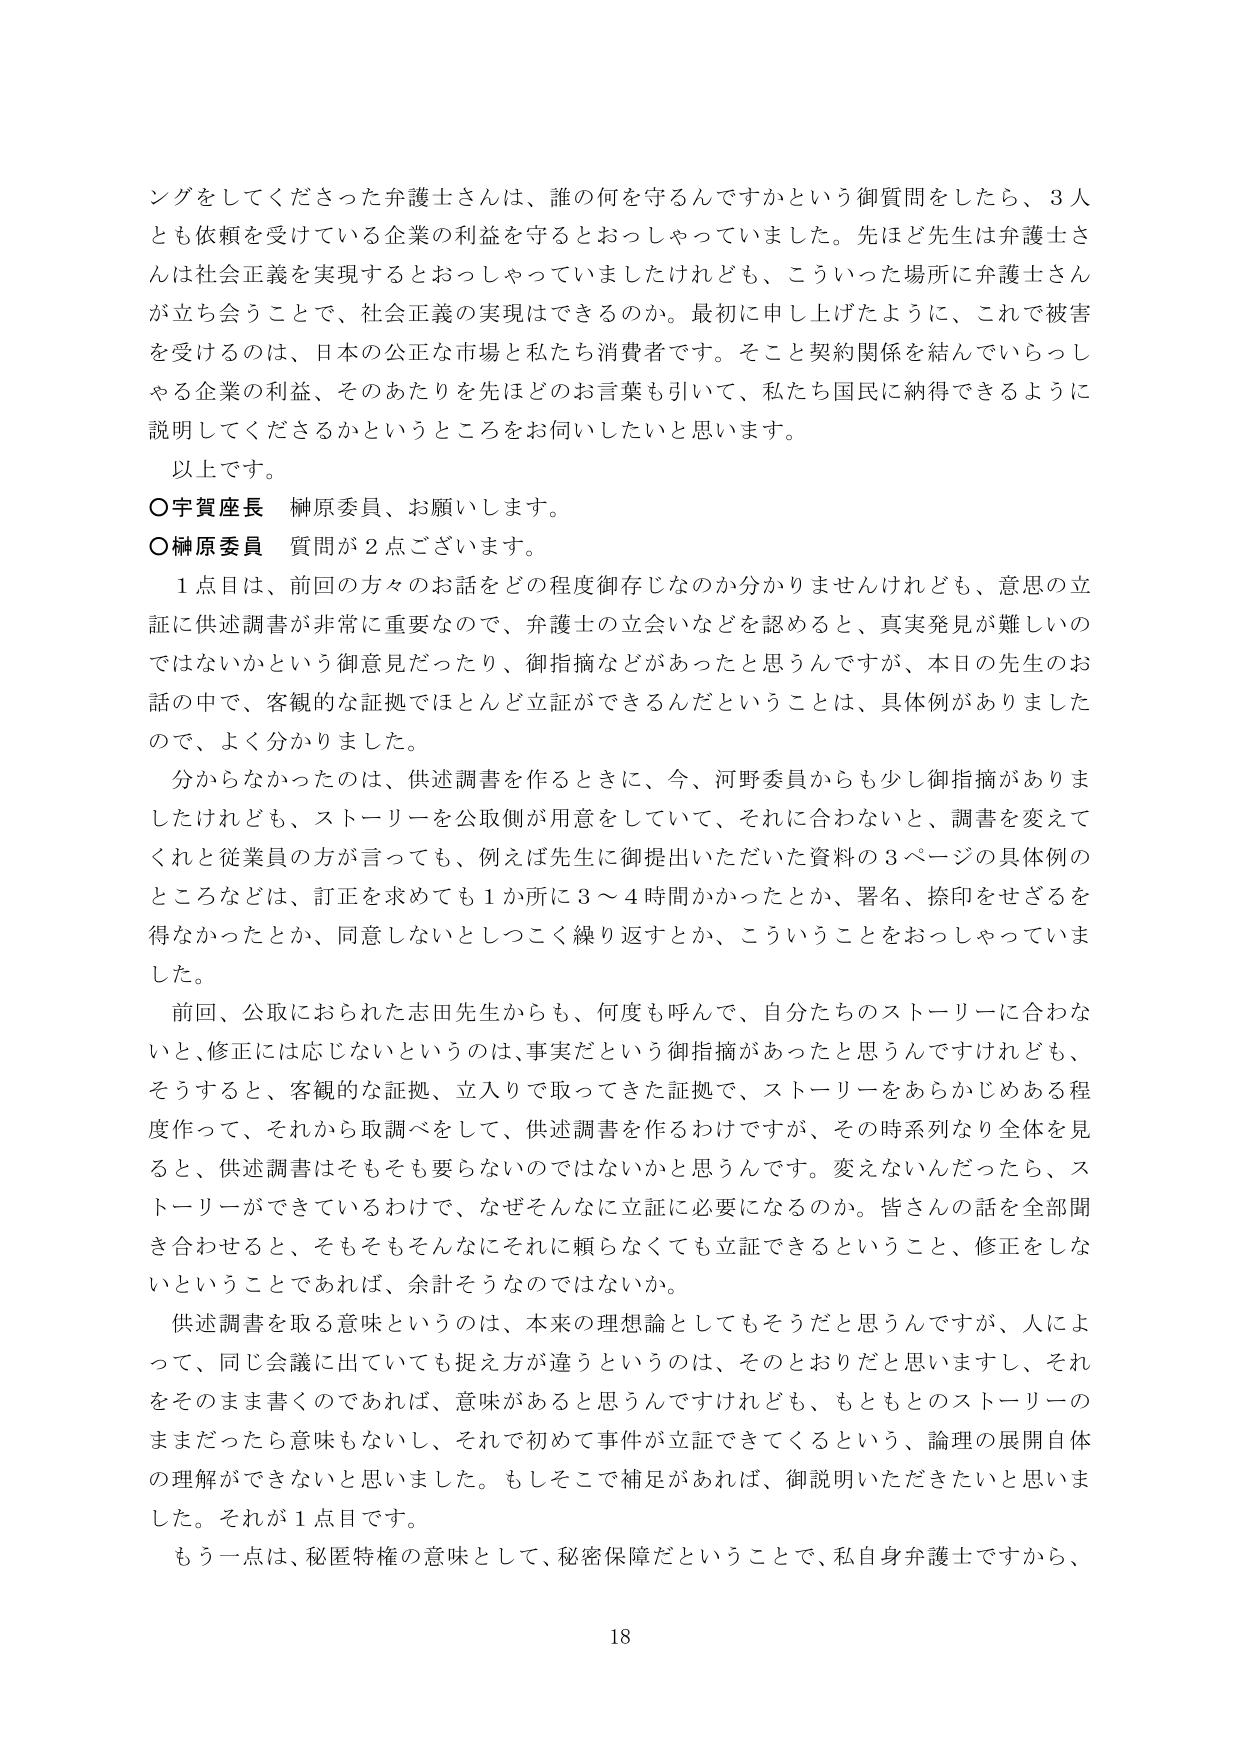
ングをしてくださった弁護士さんは、誰の何を守るんですかという御質問をしたら、3人とも依頼を受けている企業の利益を守るとおっしゃっていました。先ほど先生は弁護士さんは社会正義を実現するとおっしゃっていましたけれども、こういった場所に弁護士さんが立ち会うことで、社会正義の実現はできるのか。最初に申し上げたように、これで被害を受けるのは、日本の公正な市場と私たち消費者です。そこと契約関係を結んでいらっしゃる企業の利益、そのあたりを先ほどのお言葉も引いて、私たち国民に納得できるように説明してくださるかというところをお伺いしたいと思います。

以上です。

○宇賀座長 榊原委員、お願いします。

○榊原委員 質問が2点ございます。

1点目は、前回の方々のお話をどの程度御存じなのか分かりませんけれども、意思の立証に供述調書が非常に重要なので、弁護士の立会いなどを認めるとき、真実発見が難しいのではないかという御意見だったり、御指摘などがあったと思うんですが、本日の先生のお話の中で、客観的な証拠でほとんど立証ができるんだということは、具体例がありましたので、よく分かりました。

分からなかったのは、供述調書を作るときに、今、河野委員からも少し御指摘がありましたけれども、ストーリーを公取側が用意をしていて、それに合わないと、調書を変えてくれと従業員の方が言っても、例えば先生に御提出いただいた資料の3ページの具体例のところなどは、訂正を求めても1か所に3～4時間かかったとか、署名、捺印をせざるを得なかったとか、同意しないとしつこく繰り返すとか、こういうことをおっしゃっていました。

前回、公取におられた志田先生からも、何度も呼んで、自分たちのストーリーに合わないと、修正には応じないというのは、事実だという御指摘があったと思うんですけれども、そうすると、客観的な証拠、立入りで取ってきた証拠で、ストーリーをあらかじめある程度作って、それから取調べをして、供述調書を作るわけですが、その時系列なり全体を見ると、供述調書はそもそも要らないのではないかと思うんです。変えないんだったら、ストーリーができているわけで、なぜそんなに立証に必要になるのか。皆さんの話を全部聞き合わせると、そもそもそんなにそれに頼らなくても立証できるということ、修正をしないということであれば、余計そうなのではないか。

供述調書を取る意味というのは、本来の理想論としてもそうだと思うんですが、人によって、同じ会議に出ていても捉え方が違うというのは、そのとおりだと思いますし、それをそのまま書くのであれば、意味があると思うんですけれども、もともとのストーリーのままだったら意味もないし、それで初めて事件が立証されてくるという、論理の展開自体の理解ができないと思いました。もしそこで補足があれば、御説明いただきたいと思いました。それが1点目です。

もう一点は、秘匿特権の意味として、秘密保障ということで、私自身弁護士ですから、
18